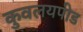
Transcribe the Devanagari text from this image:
कुवलयपीड